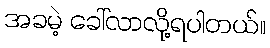
အခမဲ့ ခေါ်လာလို့ရပါတယ်။